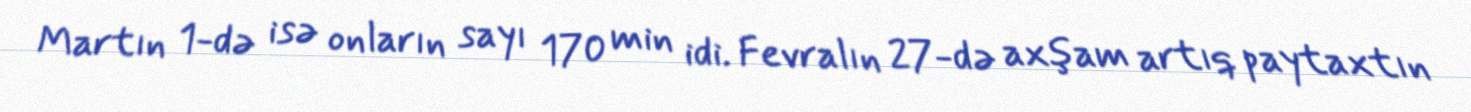
Martın 1-də isə onların sayı 170 min idi. Fevralın 27-də axşam artıq paytaxtın